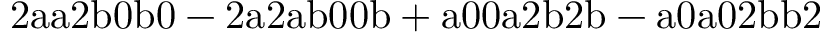
\mathrm { 2 a a 2 b 0 b 0 - 2 a 2 a b 0 0 b + a 0 0 a 2 b 2 b - a 0 a 0 2 b b 2 }